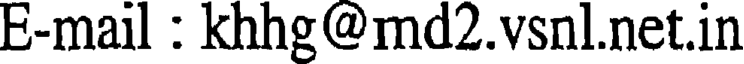
E-mail : khhg@md2.vsnl.net.in